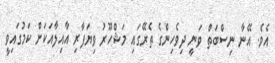
އެވެ. އޭނާ ނިސްބަތް ވަނީ ދިވެހިންގެ ތެރޭގައި މަޝްހޫރު ވިޔަފާރި އާއިލާއަކަށް ކަމުގައިވީ